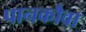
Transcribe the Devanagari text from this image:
पानकौवा